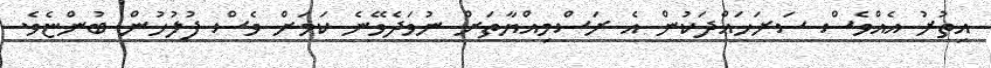
އިތުރު އެއްވެސް ސަރަހައްދަކުން އެ ރަސްމިއްޔާތަށް ނުވަދެވޭނެ ކަމަށް ވެސް ފުލުހުން ބުންޏެެވެ.